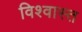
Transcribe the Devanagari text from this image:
विश्वास्त